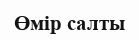
Өмір салты